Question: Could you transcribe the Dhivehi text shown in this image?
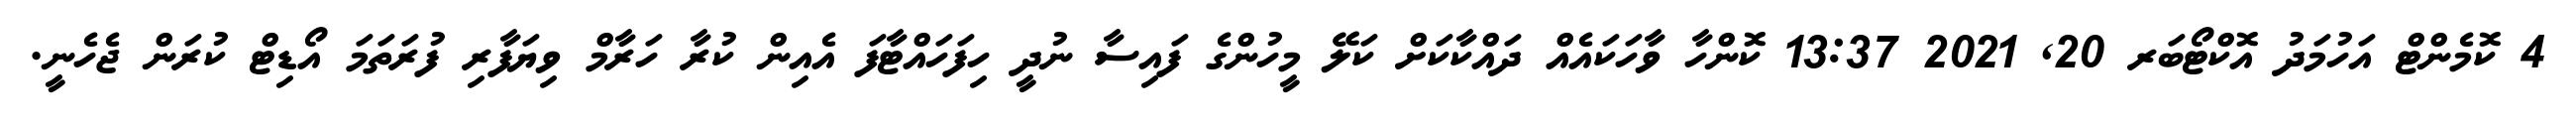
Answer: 4 ކޮމެންޓް އަހުމަދު އޮކްޓޯބަރ 20, 2021 13:37 ކޮންހާ ވާހަކައެއް ދައްކާކަށް ކަލޭ މީހުންގެ ފައިސާ ނުދީ ހިފަހައްޓާފަ އެއިން ކުރާ ހަރާމް ވިޔަފާރި ފުރަތަމަ އޯޑިޓް ކުރަން ޖެހެނީ.